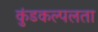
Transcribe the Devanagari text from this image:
कुंडकल्पलता